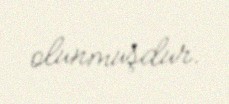
olunmuşdur.